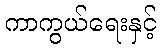
ကာကွယ်ရေးနှင့်